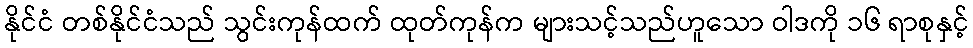
နိုင်ငံ တစ်နိုင်ငံသည် သွင်းကုန်ထက် ထုတ်ကုန်က များသင့်သည်ဟူသော ဝါဒကို ၁၆ ရာစုနှင့်